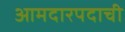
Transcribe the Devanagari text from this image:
आमदारपदाची